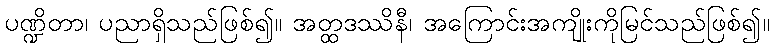
ပဏ္ဍိတာ၊ ပညာရှိသည်ဖြစ်၍။ အတ္ထဒဿိနီ၊ အကြောင်းအကျိုးကိုမြင်သည်ဖြစ်၍။